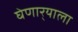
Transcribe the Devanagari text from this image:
घेणार्‍याला